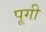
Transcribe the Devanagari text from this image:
पूगी